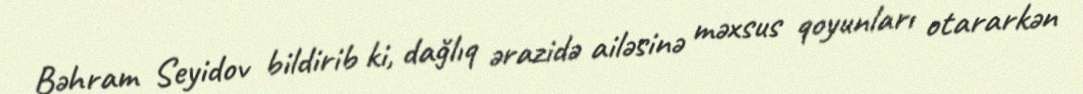
Bəhram Seyidov bildirib ki, dağlıq ərazidə ailəsinə məxsus qoyunları otararkən